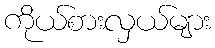
ကိုယ်စားလှယ်များ